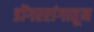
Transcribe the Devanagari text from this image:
डोंगररांगातून